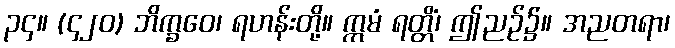
၃၄။ (၄၂၀) ဘိက္ခဝေ၊ ရဟန်းတို့။ ဣမံ ရတ္တိံ၊ ဤညဉ်၌။ အညတရာ၊